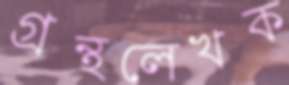
গ্রন্থলেখক